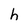
Character: h